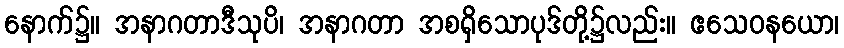
နောက်၌။ အနာဂတာဒီသုပိ၊ အနာဂတာ အစရှိသောပုဒ်တို့၌လည်း။ ဧသေဝနယော၊